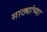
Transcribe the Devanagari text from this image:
साठ्यांच्या